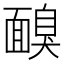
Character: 𩈸